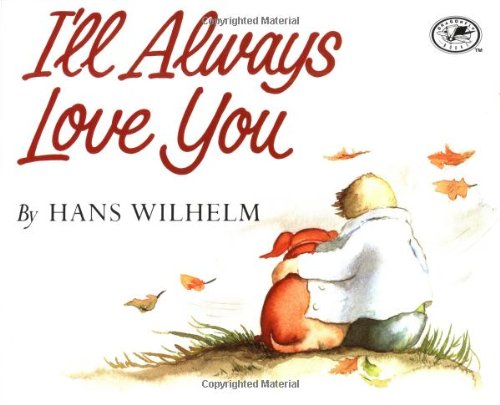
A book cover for I'll Always Love You; Hans Wilhelm; Children's Books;